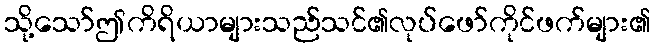
သို့သော်ဤကိရိယာများသည်သင်၏လုပ်ဖော်ကိုင်ဖက်များ၏